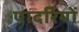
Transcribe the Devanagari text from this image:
पादरियों